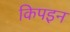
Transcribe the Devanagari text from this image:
किपइन